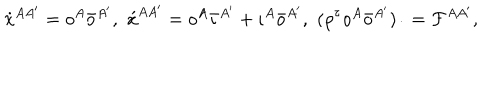
LaTeX: \dot { x } ^ { A A ^ { \prime } } = o ^ { A } \bar { o } ^ { A ^ { \prime } } , \, \, \acute { x } ^ { A A ^ { \prime } } = o ^ { A } \bar { \iota } ^ { A ^ { \prime } } + \iota ^ { A } \bar { o } ^ { A ^ { \prime } } , \, \, ( \rho ^ { \tau } o ^ { A } \bar { o } ^ { A ^ { \prime } } ) \dot { } = { \cal F } ^ { A A ^ { \prime } } ,